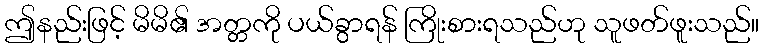
ဤနည်းဖြင့် မိမိ၏ အတ္တကို ပယ်ခွာရန် ကြိုးစားရသည်ဟု သူဖတ်ဖူးသည်။